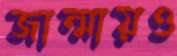
জান্মায়ও